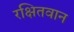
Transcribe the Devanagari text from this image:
रक्षितवान